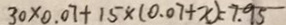
3 0 \times 0 . 0 7 + 1 5 \times ( 0 . 0 7 + x ) = 7 . 9 5